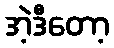
အဲ့ဒီတော့